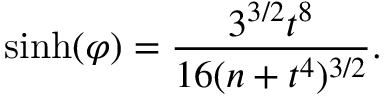
\sinh ( \varphi ) = \frac { 3 ^ { 3 / 2 } t ^ { 8 } } { 1 6 ( n + t ^ { 4 } ) ^ { 3 / 2 } } .